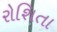
રોશિતા